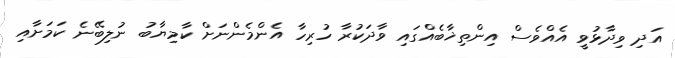
އަދި ވިދާޅުވީ އެއްވެސް އިންތިޚާބެއްގައި ވާދަކުރާ ހުރިހާ އެންމެންނަށް ކާމިޔާބު ނުލިބޭނެ ކަމަށާއި